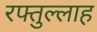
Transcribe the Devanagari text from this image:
रफ्तुल्लाह